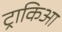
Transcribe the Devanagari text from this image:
ट्राकिआ